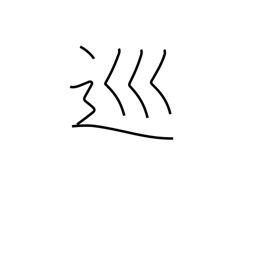
Meaning: patrol